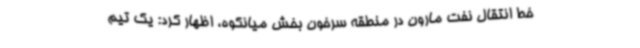
خط انتقال نفت مارون در منطقه سرخون بخش میانکوه، اظهار کرد: یک تیم